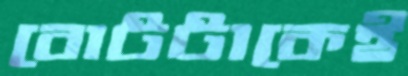
বোটটাকেই